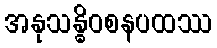
အနုသန္ဓိဝစနပထဿ